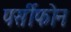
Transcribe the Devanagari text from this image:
पर्सीफोन